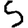
Digit: 5